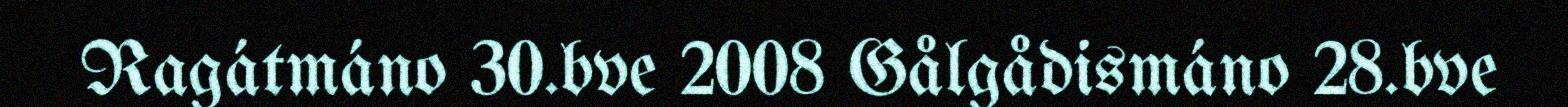
Ragátmáno 30.bve 2008 Gålgådismáno 28.bve